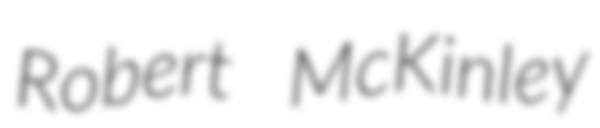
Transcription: Robert McKinley